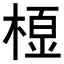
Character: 𭫓